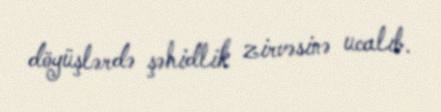
döyüşlərdə şəhidlik zirvəsinə ucalıb.